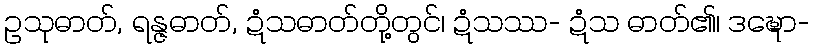
ဥသုဓာတ်, ရန္ဇဓာတ်, ဍံသဓာတ်တို့တွင်၊ ဍံသဿ- ဍံသ ဓာတ်၏၊ ဒဍ္ဎော-